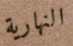
النهارية